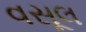
વસૂલ